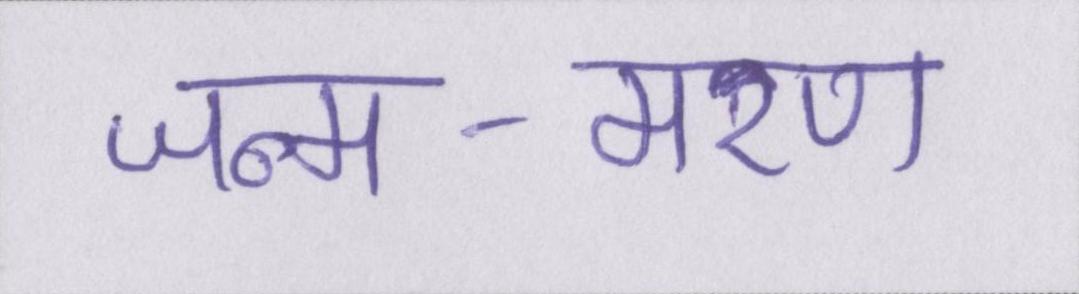
जन्म-मरण